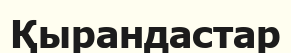
Қырандастар